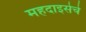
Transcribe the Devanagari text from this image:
महदाइसेचे